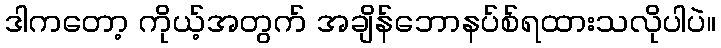
ဒါကတော့ ကိုယ့်အတွက် အချိန်ဘောနပ်စ်ရထားသလိုပါပဲ။